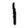
Digit: 1